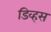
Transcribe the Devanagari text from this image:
डिव्हस